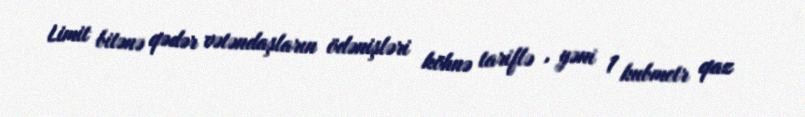
Limit bitənə qədər vətəndaşların ödənişləri köhnə tariflə , yəni 1 kubmetr qaz